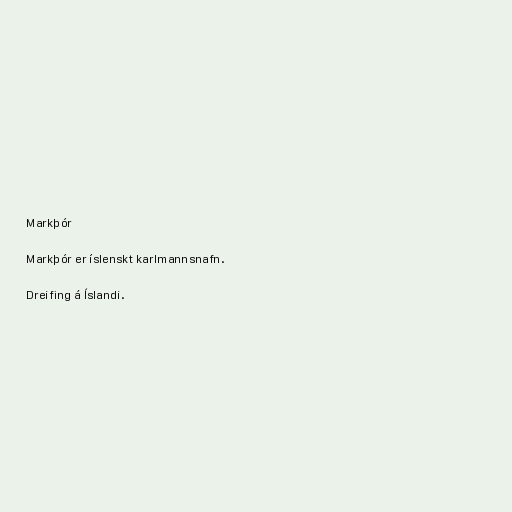
Markþór

Markþór er íslenskt karlmannsnafn.

Dreifing á Íslandi.